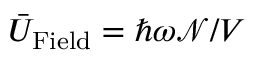
\bar { U } _ { \mathrm { F i e l d } } = \hbar \omega { \mathcal N } / V